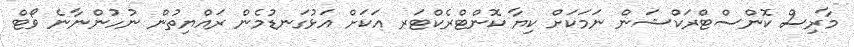
މާރިސް ކޮންސްޓްރަކްޝަން ނަމަކަށް ކިޔާ ކޮންޓްރެކްޓަރ އަކަށް އަޅުގަނޑުމެން ރައްޔިތުން ނުހުންނާނެ ވޯޓް